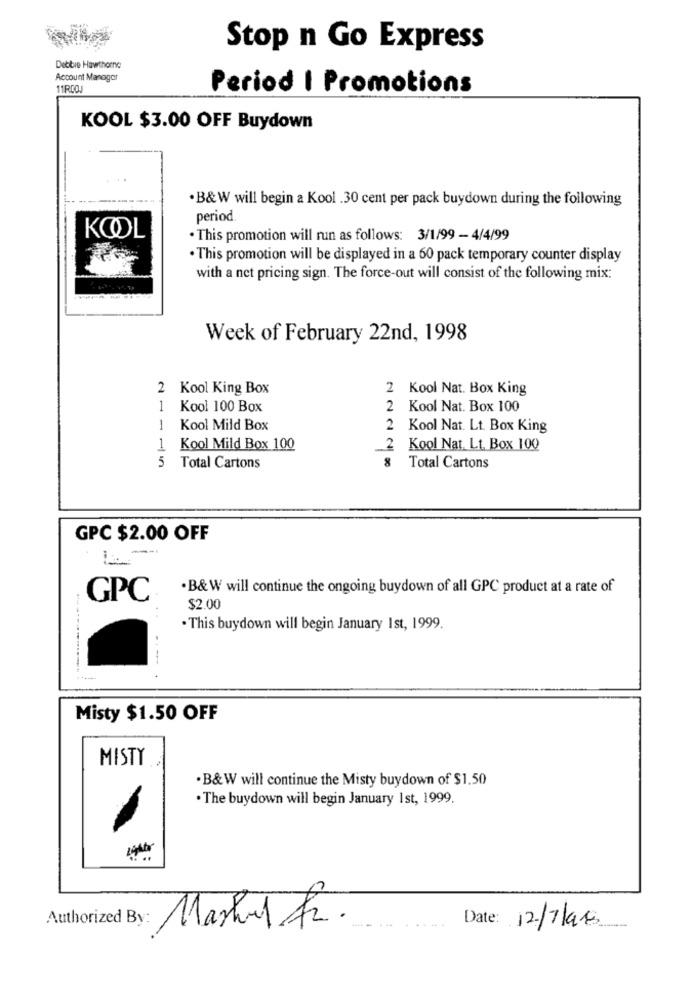
Stop n Go Express
Debbie Hawthorne
Account Manager
11RCOJ
Period I Promotions
KOOL $3.00 OFF Buydown
...
. B&W will begin a Kool .30 cent per pack buydown during the following
period
KOOL
. This promotion will run as follows: 3/1/99 - 4/4/99
· This promotion will be displayed in a 60 pack temporary counter display
with a net pricing sign. The force-out will consist of the following mix:
Week of February 22nd, 1998
2 Kool King Box
2 Kool Nat. Box King
1
Kool 100 Box
2 Kool Nat. Box 100
1
Kool Mild Box
2 Kool Nat. Lt. Box King
1
Kool Mild Box 100
Kool Nat. Lt. Box 100
5 Total Cartons
Total Cartons
GPC $2.00 OFF
. B&W will continue the ongoing buydown of all GPC product at a rate of
GPC
$2.00
. This buydown will begin January Ist, 1999.
---------...... .
Misty $1.50 OFF
MISTY
. B&W will continue the Misty buydown of $1.50
. The buydown will begin January Ist, 1999.
Authorized By:
Mashed fr.
Date: 12/7/08